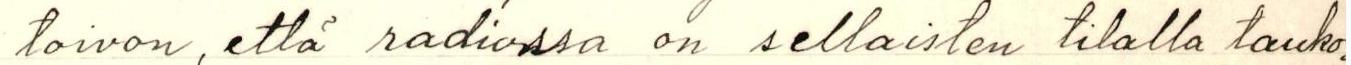
toivon, että radiossa on sellaisten tilalla tauko.